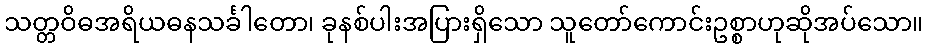
သတ္တဝိဓအရိယဓနသင်္ခါတော၊ ခုနစ်ပါးအပြားရှိသော သူတော်ကောင်းဥစ္စာဟုဆိုအပ်သော။